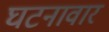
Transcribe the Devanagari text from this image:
घटनावार